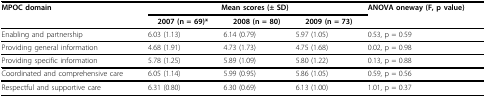
<table><thead><tr><td><b>MPOC domain</b></td><td colspan="3"><b>Mean scores (± SD)</b></td><td><b>ANOVA oneway (F, p value)</b></td></tr><tr><td></td><td><b>2007 (n = 69)*</b></td><td><b>2008 (n = 80)</b></td><td><b>2009 (n = 73)</b></td><td></td></tr></thead><tbody><tr><td>Enabling and partnership</td><td>6.03 (1.13)</td><td>6.14 (0.79)</td><td>5.97 (1.05)</td><td>0.53, p = 0.59</td></tr><tr><td>Providing general information</td><td>4.68 (1.91)</td><td>4.73 (1.73)</td><td>4.75 (1.68)</td><td>0.02, p = 0.98</td></tr><tr><td>Providing specific information</td><td>5.78 (1.25)</td><td>5.89 (1.09)</td><td>5.80 (1.22)</td><td>0.13, p = 0.88</td></tr><tr><td>Coordinated and comprehensive care</td><td>6.05 (1.14)</td><td>5.99 (0.95)</td><td>5.86 (1.05)</td><td>0.59, p = 0.56</td></tr><tr><td>Respectful and supportive care</td><td>6.31 (0.80)</td><td>6.30 (0.69)</td><td>6.13 (1.00)</td><td>1.01, p = 0.37</td></tr></tbody></table>